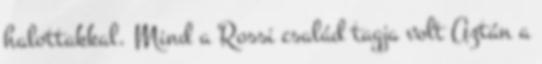
halottakkal. Mind a Rossi család tagja volt Aztán a